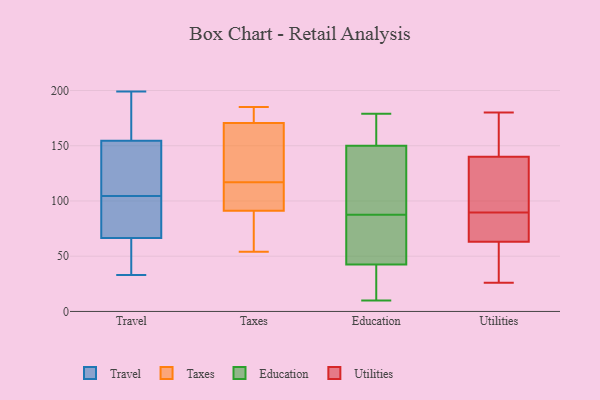
{"axis": {"x": "Energy Usage (MWh)", "y": "Value"}, "legend": ["Education", "Taxes", "Travel", "Utilities"], "data": [{"x": "", "y": 70, "type": "Travel"}, {"x": "", "y": 157, "type": "Travel"}, {"x": "", "y": 63, "type": "Travel"}, {"x": "", "y": 108, "type": "Travel"}, {"x": "", "y": 178, "type": "Travel"}, {"x": "", "y": 46, "type": "Travel"}, {"x": "", "y": 33, "type": "Travel"}, {"x": "", "y": 101, "type": "Travel"}, {"x": "", "y": 199, "type": "Travel"}, {"x": "", "y": 93, "type": "Travel"}, {"x": "", "y": 140, "type": "Travel"}, {"x": "", "y": 152, "type": "Travel"}, {"x": "", "y": 117, "type": "Taxes"}, {"x": "", "y": 145, "type": "Taxes"}, {"x": "", "y": 112, "type": "Taxes"}, {"x": "", "y": 157, "type": "Taxes"}, {"x": "", "y": 91, "type": "Taxes"}, {"x": "", "y": 185, "type": "Taxes"}, {"x": "", "y": 92, "type": "Taxes"}, {"x": "", "y": 56, "type": "Taxes"}, {"x": "", "y": 54, "type": "Taxes"}, {"x": "", "y": 175, "type": "Taxes"}, {"x": "", "y": 184, "type": "Taxes"}, {"x": "", "y": 137, "type": "Education"}, {"x": "", "y": 108, "type": "Education"}, {"x": "", "y": 147, "type": "Education"}, {"x": "", "y": 21, "type": "Education"}, {"x": "", "y": 169, "type": "Education"}, {"x": "", "y": 29, "type": "Education"}, {"x": "", "y": 91, "type": "Education"}, {"x": "", "y": 57, "type": "Education"}, {"x": "", "y": 83, "type": "Education"}, {"x": "", "y": 10, "type": "Education"}, {"x": "", "y": 179, "type": "Education"}, {"x": "", "y": 41, "type": "Education"}, {"x": "", "y": 153, "type": "Education"}, {"x": "", "y": 61, "type": "Education"}, {"x": "", "y": 170, "type": "Education"}, {"x": "", "y": 40, "type": "Education"}, {"x": "", "y": 84, "type": "Education"}, {"x": "", "y": 44, "type": "Education"}, {"x": "", "y": 116, "type": "Education"}, {"x": "", "y": 167, "type": "Education"}, {"x": "", "y": 180, "type": "Utilities"}, {"x": "", "y": 31, "type": "Utilities"}, {"x": "", "y": 165, "type": "Utilities"}, {"x": "", "y": 87, "type": "Utilities"}, {"x": "", "y": 86, "type": "Utilities"}, {"x": "", "y": 89, "type": "Utilities"}, {"x": "", "y": 26, "type": "Utilities"}, {"x": "", "y": 90, "type": "Utilities"}, {"x": "", "y": 37, "type": "Utilities"}, {"x": "", "y": 152, "type": "Utilities"}, {"x": "", "y": 113, "type": "Utilities"}, {"x": "", "y": 93, "type": "Utilities"}, {"x": "", "y": 128, "type": "Utilities"}, {"x": "", "y": 164, "type": "Utilities"}, {"x": "", "y": 64, "type": "Utilities"}, {"x": "", "y": 62, "type": "Utilities"}]}